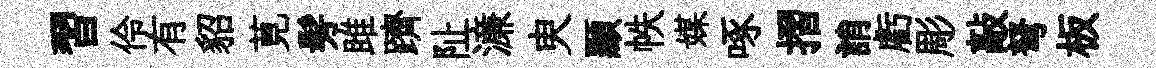
習伶有貂莧髣雎躋阯濓㬰顯帙媒啄摺誚虧彫敲弩板